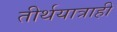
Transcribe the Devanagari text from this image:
तीर्थयात्राही